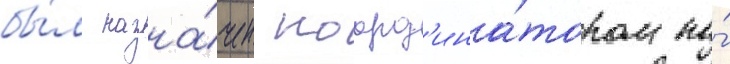
бы́л назна́чен коорд'ина́тором по́